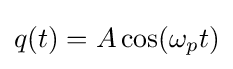
q(t)=A\cos(\omega _{p}t)